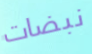
نبضات